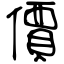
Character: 價